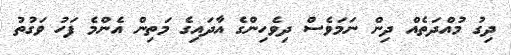
ދިގު މުއްދަތެއް ދިން ނަމަވެސް ދިވެހިންގެ އާދައިގެ މަތިން އެންމެ ފަހު ވަގުތު